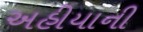
અહીયાની